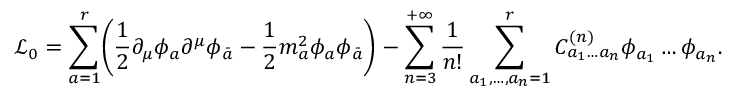
\mathcal { L } _ { 0 } = \sum _ { a = 1 } ^ { r } \biggl ( \frac { 1 } { 2 } \partial _ { \mu } \phi _ { a } \partial ^ { \mu } \phi _ { \bar { a } } - \frac { 1 } { 2 } m _ { a } ^ { 2 } \phi _ { a } \phi _ { \bar { a } } \biggr ) - \sum _ { n = 3 } ^ { + \infty } \frac { 1 } { n ! } \sum _ { a _ { 1 } , \dots , a _ { n } = 1 } ^ { r } C _ { a _ { 1 } \ldots a _ { n } } ^ { ( n ) } \phi _ { a _ { 1 } } \ldots \phi _ { a _ { n } } .